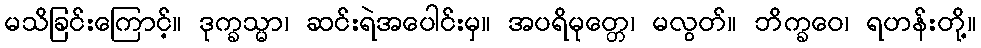
မသိခြင်းကြောင့်။ ဒုက္ခသ္မာ၊ ဆင်းရဲအပေါင်းမှ။ အပရိမုတ္တေ၊ မလွတ်။ ဘိက္ခဝေ၊ ရဟန်းတို့။